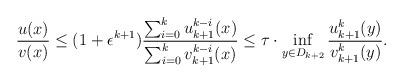
LaTeX: \begin{align*}\frac{u(x)}{v(x)}\le (1+\epsilon^{k+1})\frac{\sum^k_{i=0}u^{k-i}_{k+1}(x)}{\sum^k_{i=0}v^{k-i}_{k+1}(x)}\le \tau\cdot \inf_{y\in D_{k+2}}\frac{u^k_{k+1}(y)}{v^k_{k+1}(y)}.\end{align*}